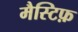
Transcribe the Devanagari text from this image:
मैस्टिफ़